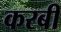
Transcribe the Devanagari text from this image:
करबी